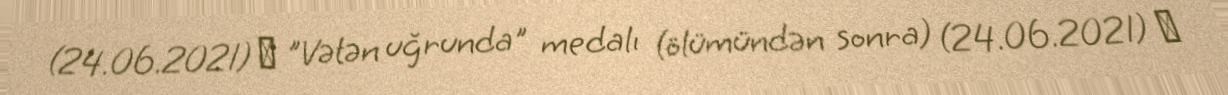
(24.06.2021) ― "Vətən uğrunda" medalı (ölümündən sonra) (24.06.2021) ―